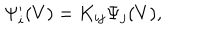
\Psi _ { i } ^ { \prime } ( V ) = K _ { i j } { \Psi } _ { j } ( V ) ,